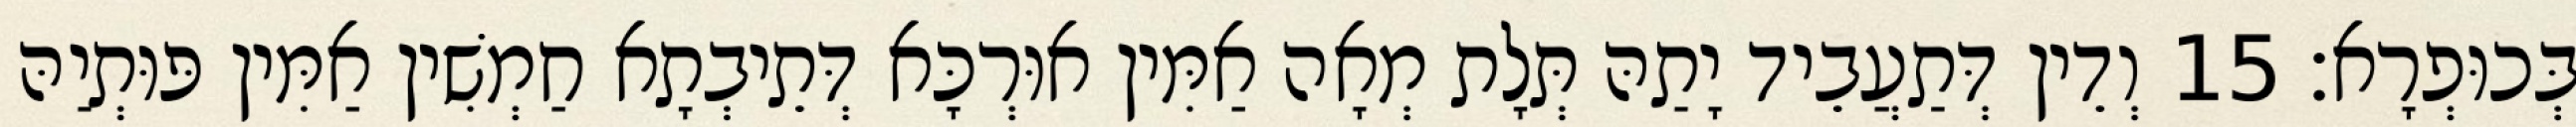
בְּכוּפְרָא׃ 15 וְדֵין דְּתַעֲבֵיד יָתַהּ תְּלָת מְאָה אַמִּין אוּרְכָּא דְּתֵיבְתָא חַמְשִׁין אַמִּין פּוּתְיַהּ